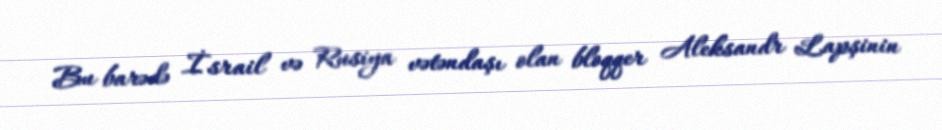
Bu barədə İsrail və Rusiya vətəndaşı olan bloqqer Aleksandr Lapşinin